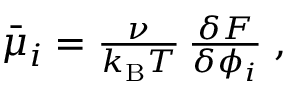
\begin{array} { r } { \bar { \mu } _ { i } = \frac { \nu } { k _ { \mathrm { B } } T } \, \frac { \delta F } { \delta \phi _ { i } } \; , } \end{array}